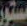
مستور